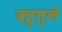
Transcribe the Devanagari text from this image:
बहुतुले